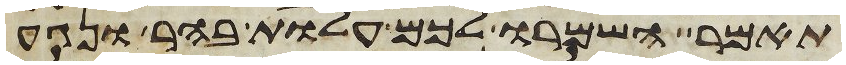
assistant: תאמר השמרו לכם עלות בהר ונגע